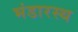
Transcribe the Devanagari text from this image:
भंडारस्थ